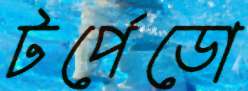
টর্পেডো